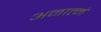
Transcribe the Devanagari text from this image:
अनात्मं